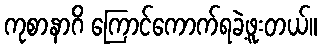
ကုစာနာဂိ ကြောင်ကောက်ရခဲ့ဖူးတယ်။